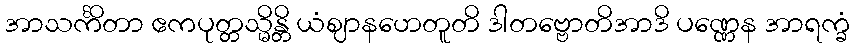
အာသင်္ကိတာ ဧကပုတ္တသ္မိန္တိ ယံဈာနဟေတူတိ ဒါတဗ္ဗောတိအာဒိ ပဏ္ဏေန အာရက္ခံ